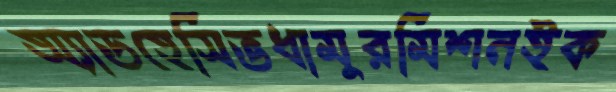
অ্যাডহেসিভধামুরমিশনইক